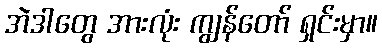
အဲဒါတွေ အားလုံး ကျွန်တော် ရှင်းမှာ။